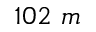
1 0 2 ~ m